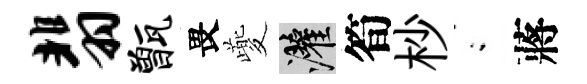
翡甑畏夔灌筍杪閤蔣